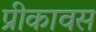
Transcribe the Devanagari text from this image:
प्रीकावस